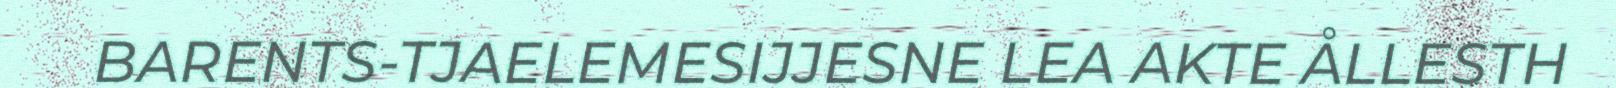
BARENTS-TJAELEMESIJJESNE LEA AKTE ÅLLESTH